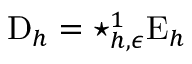
\mathrm { D } _ { h } = \star _ { { h , \epsilon } } ^ { 1 } \mathrm { E } _ { h }